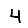
Digit: 4